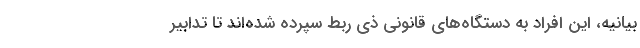
بیانیه، این افراد به دستگاه‌های قانونی ذی ربط سپرده شده‌اند تا تدابیر